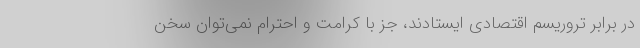
در برابر تروریسم اقتصادی ایستادند، جز با کرامت و احترام نمی‌توان سخن